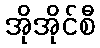
အိုအိုင်စီ